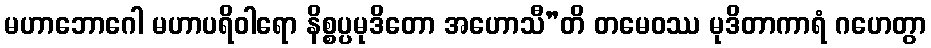
မဟာဘောဂေါ မဟာပရိဝါရော နိစ္စပ္ပမုဒိတော အဟောသီ”တိ တမေဝဿ မုဒိတာကာရံ ဂဟေတွာ